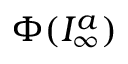
\Phi ( { \cal I } _ { \infty } ^ { a } )